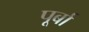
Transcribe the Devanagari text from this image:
पूर्बा